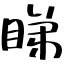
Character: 睇